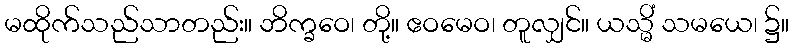
မထိုက်သည်သာတည်း။ ဘိက္ခဝေ၊ တို့။ ဧဝမေဝ၊ တူလျှင်။ ယသ္မိံ သမယေ၊ ၌။